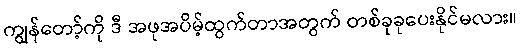
ကျွန်တော့်ကို ဒီ အဖုအပိမ့်ထွက်တာအတွက် တစ်ခုခုပေးနိုင်မလား။